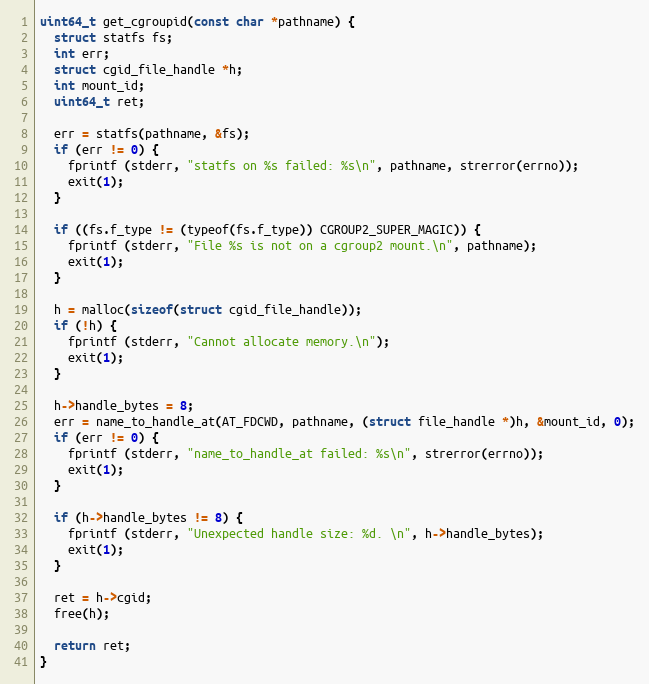
Language: C
uint64_t get_cgroupid(const char *pathname) {
  struct statfs fs;
  int err;
  struct cgid_file_handle *h;
  int mount_id;
  uint64_t ret;

  err = statfs(pathname, &fs);
  if (err != 0) {
    fprintf (stderr, "statfs on %s failed: %s\n", pathname, strerror(errno));
    exit(1);
  }

  if ((fs.f_type != (typeof(fs.f_type)) CGROUP2_SUPER_MAGIC)) {
    fprintf (stderr, "File %s is not on a cgroup2 mount.\n", pathname);
    exit(1);
  }

  h = malloc(sizeof(struct cgid_file_handle));
  if (!h) {
    fprintf (stderr, "Cannot allocate memory.\n");
    exit(1);
  }

  h->handle_bytes = 8;
  err = name_to_handle_at(AT_FDCWD, pathname, (struct file_handle *)h, &mount_id, 0);
  if (err != 0) {
    fprintf (stderr, "name_to_handle_at failed: %s\n", strerror(errno));
    exit(1);
  }

  if (h->handle_bytes != 8) {
    fprintf (stderr, "Unexpected handle size: %d. \n", h->handle_bytes);
    exit(1);
  }

  ret = h->cgid;
  free(h);

  return ret;
}